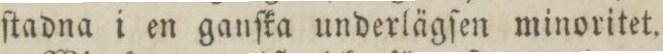
ſtadna i en ganſka underlägſen minoritet.